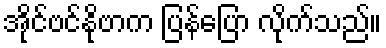
အိုင်ဗင်နိုဗာက ပြန်ပြော လိုက်သည်။